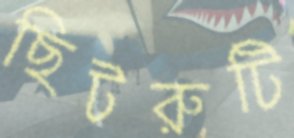
ছিটরুটি